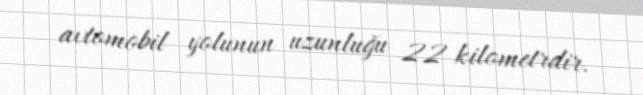
avtomobil yolunun uzunluğu 22 kilometrdir.